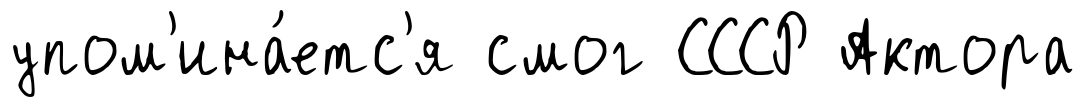
упом'ина́етс'я смог СССР Актора